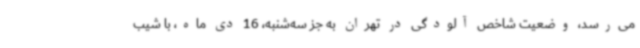
می‌رسد، وضعیت شاخص آلودگی در تهران به جز سه‌شنبه، 16 دی ماه، با شیب